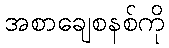
အစာချေစနစ်ကို